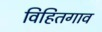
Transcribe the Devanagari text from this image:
विहितगाव